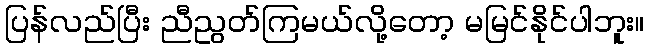
ပြန်လည်ပြီး ညီညွတ်ကြမယ်လို့တော့ မမြင်နိုင်ပါဘူး။